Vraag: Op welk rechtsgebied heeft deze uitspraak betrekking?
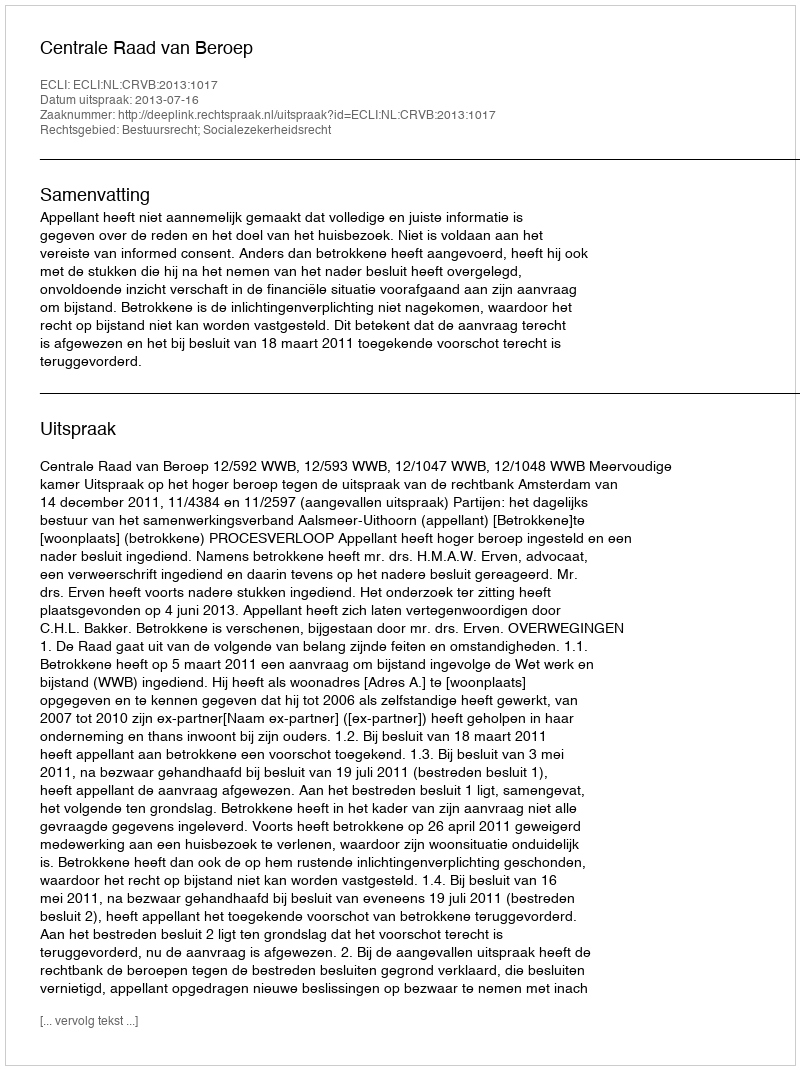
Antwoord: Bestuursrecht; Socialezekerheidsrecht